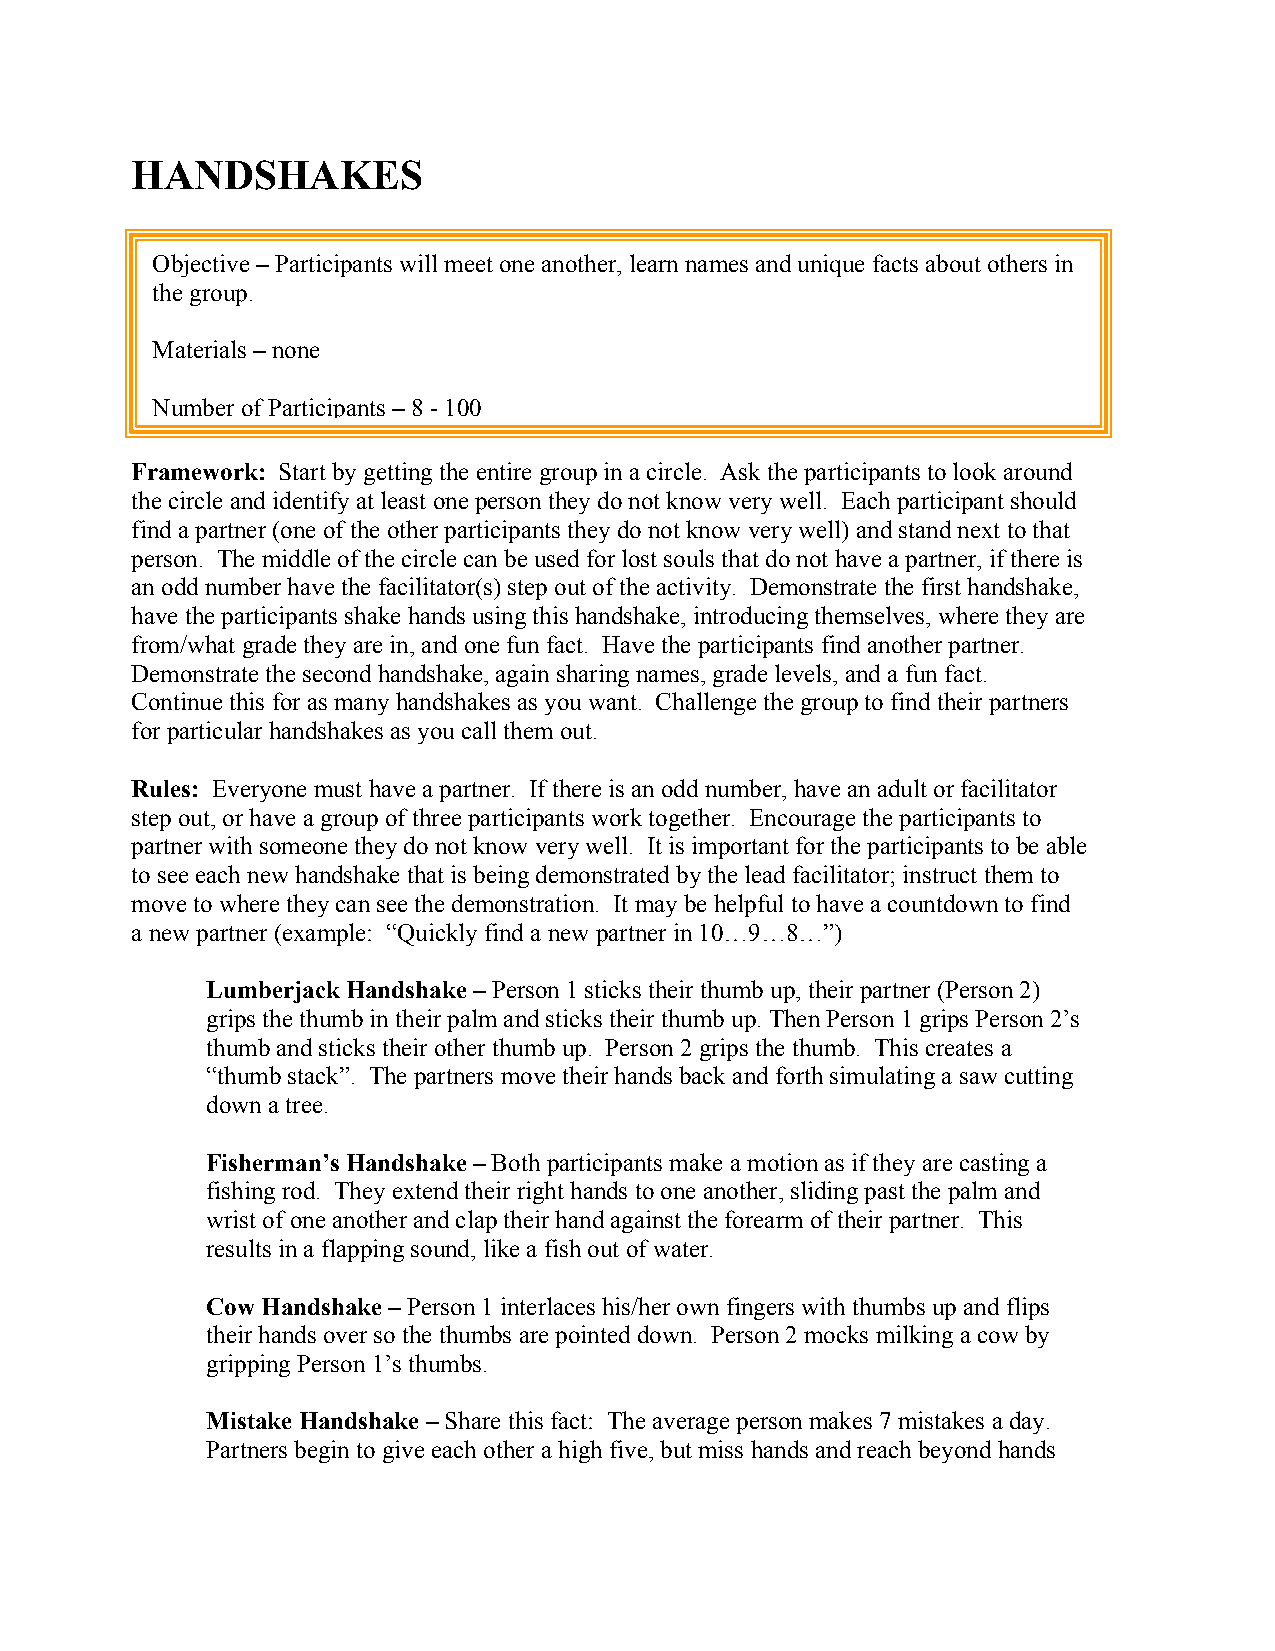
HANDSHAKES
 Objective – Participants will meet one another, learn names and unique facts about others in
 the group.
 Materials – none
 Number of Participants – 8 - 100
 Framework: Start by getting the entire group in a circle. Ask the participants to look around
 the circle and identify at least one person they do not know very well. Each participant should
 find a partner (one of the other participants they do not know very well) and stand next to that
 person. The middle of the circle can be used for lost souls that do not have a partner, if there is
 an odd number have the facilitator(s) step out of the activity. Demonstrate the first handshake,
 have the participants shake hands using this handshake, introducing themselves, where they are
 from/what grade they are in, and one fun fact. Have the participants find another partner.
 Demonstrate the second handshake, again sharing names, grade levels, and a fun fact.
 Continue this for as many handshakes as you want. Challenge the group to find their partners
 for particular handshakes as you call them out.
 Rules: Everyone must have a partner. If there is an odd number, have an adult or facilitator
 step out, or have a group of three participants work together. Encourage the participants to
 partner with someone they do not know very well. It is important for the participants to be able
 to see each new handshake that is being demonstrated by the lead facilitator; instruct them to
 move to where they can see the demonstration. It may be helpful to have a countdown to find
 a new partner (example: “Quickly find a new partner in 10…9…8…”)
 Lumberjack Handshake – Person 1 sticks their thumb up, their partner (Person 2)
 grips the thumb in their palm and sticks their thumb up. Then Person 1 grips Person 2’s
 thumb and sticks their other thumb up. Person 2 grips the thumb. This creates a
 “thumb stack”. The partners move their hands back and forth simulating a saw cutting
 down a tree.
 Fisherman’s Handshake – Both participants make a motion as if they are casting a
 fishing rod. They extend their right hands to one another, sliding past the palm and
 wrist of one another and clap their hand against the forearm of their partner. This
 results in a flapping sound, like a fish out of water.
 Cow Handshake – Person 1 interlaces his/her own fingers with thumbs up and flips
 their hands over so the thumbs are pointed down. Person 2 mocks milking a cow by
 gripping Person 1’s thumbs.
 Mistake Handshake – Share this fact: The average person makes 7 mistakes a day.
 Partners begin to give each other a high five, but miss hands and reach beyond hands